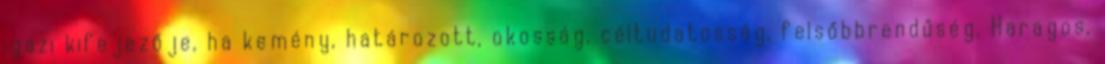
igazi kifejezője, ha kemény, határozott, okosság, céltudatosság, felsőbbrendűség. Haragos,